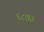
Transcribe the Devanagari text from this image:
६८७३